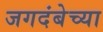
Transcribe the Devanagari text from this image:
जगदंबेच्या